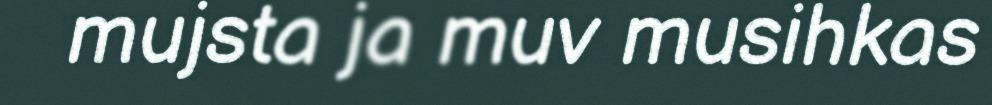
mujsta ja muv musihkas